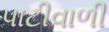
પાટીવાળી